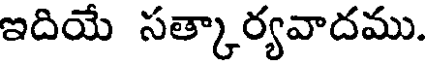
ఇదియే సత్కార్యవాదము.